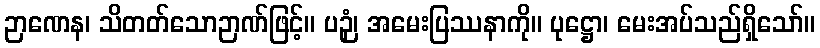
ဉာဏေန၊ သိတတ်သောဉာဏ်ဖြင့်။ ပဉှံ၊ အမေးပြဿနာကို။ ပုဋ္ဌော၊ မေးအပ်သည်ရှိသော်။